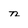
Character: n